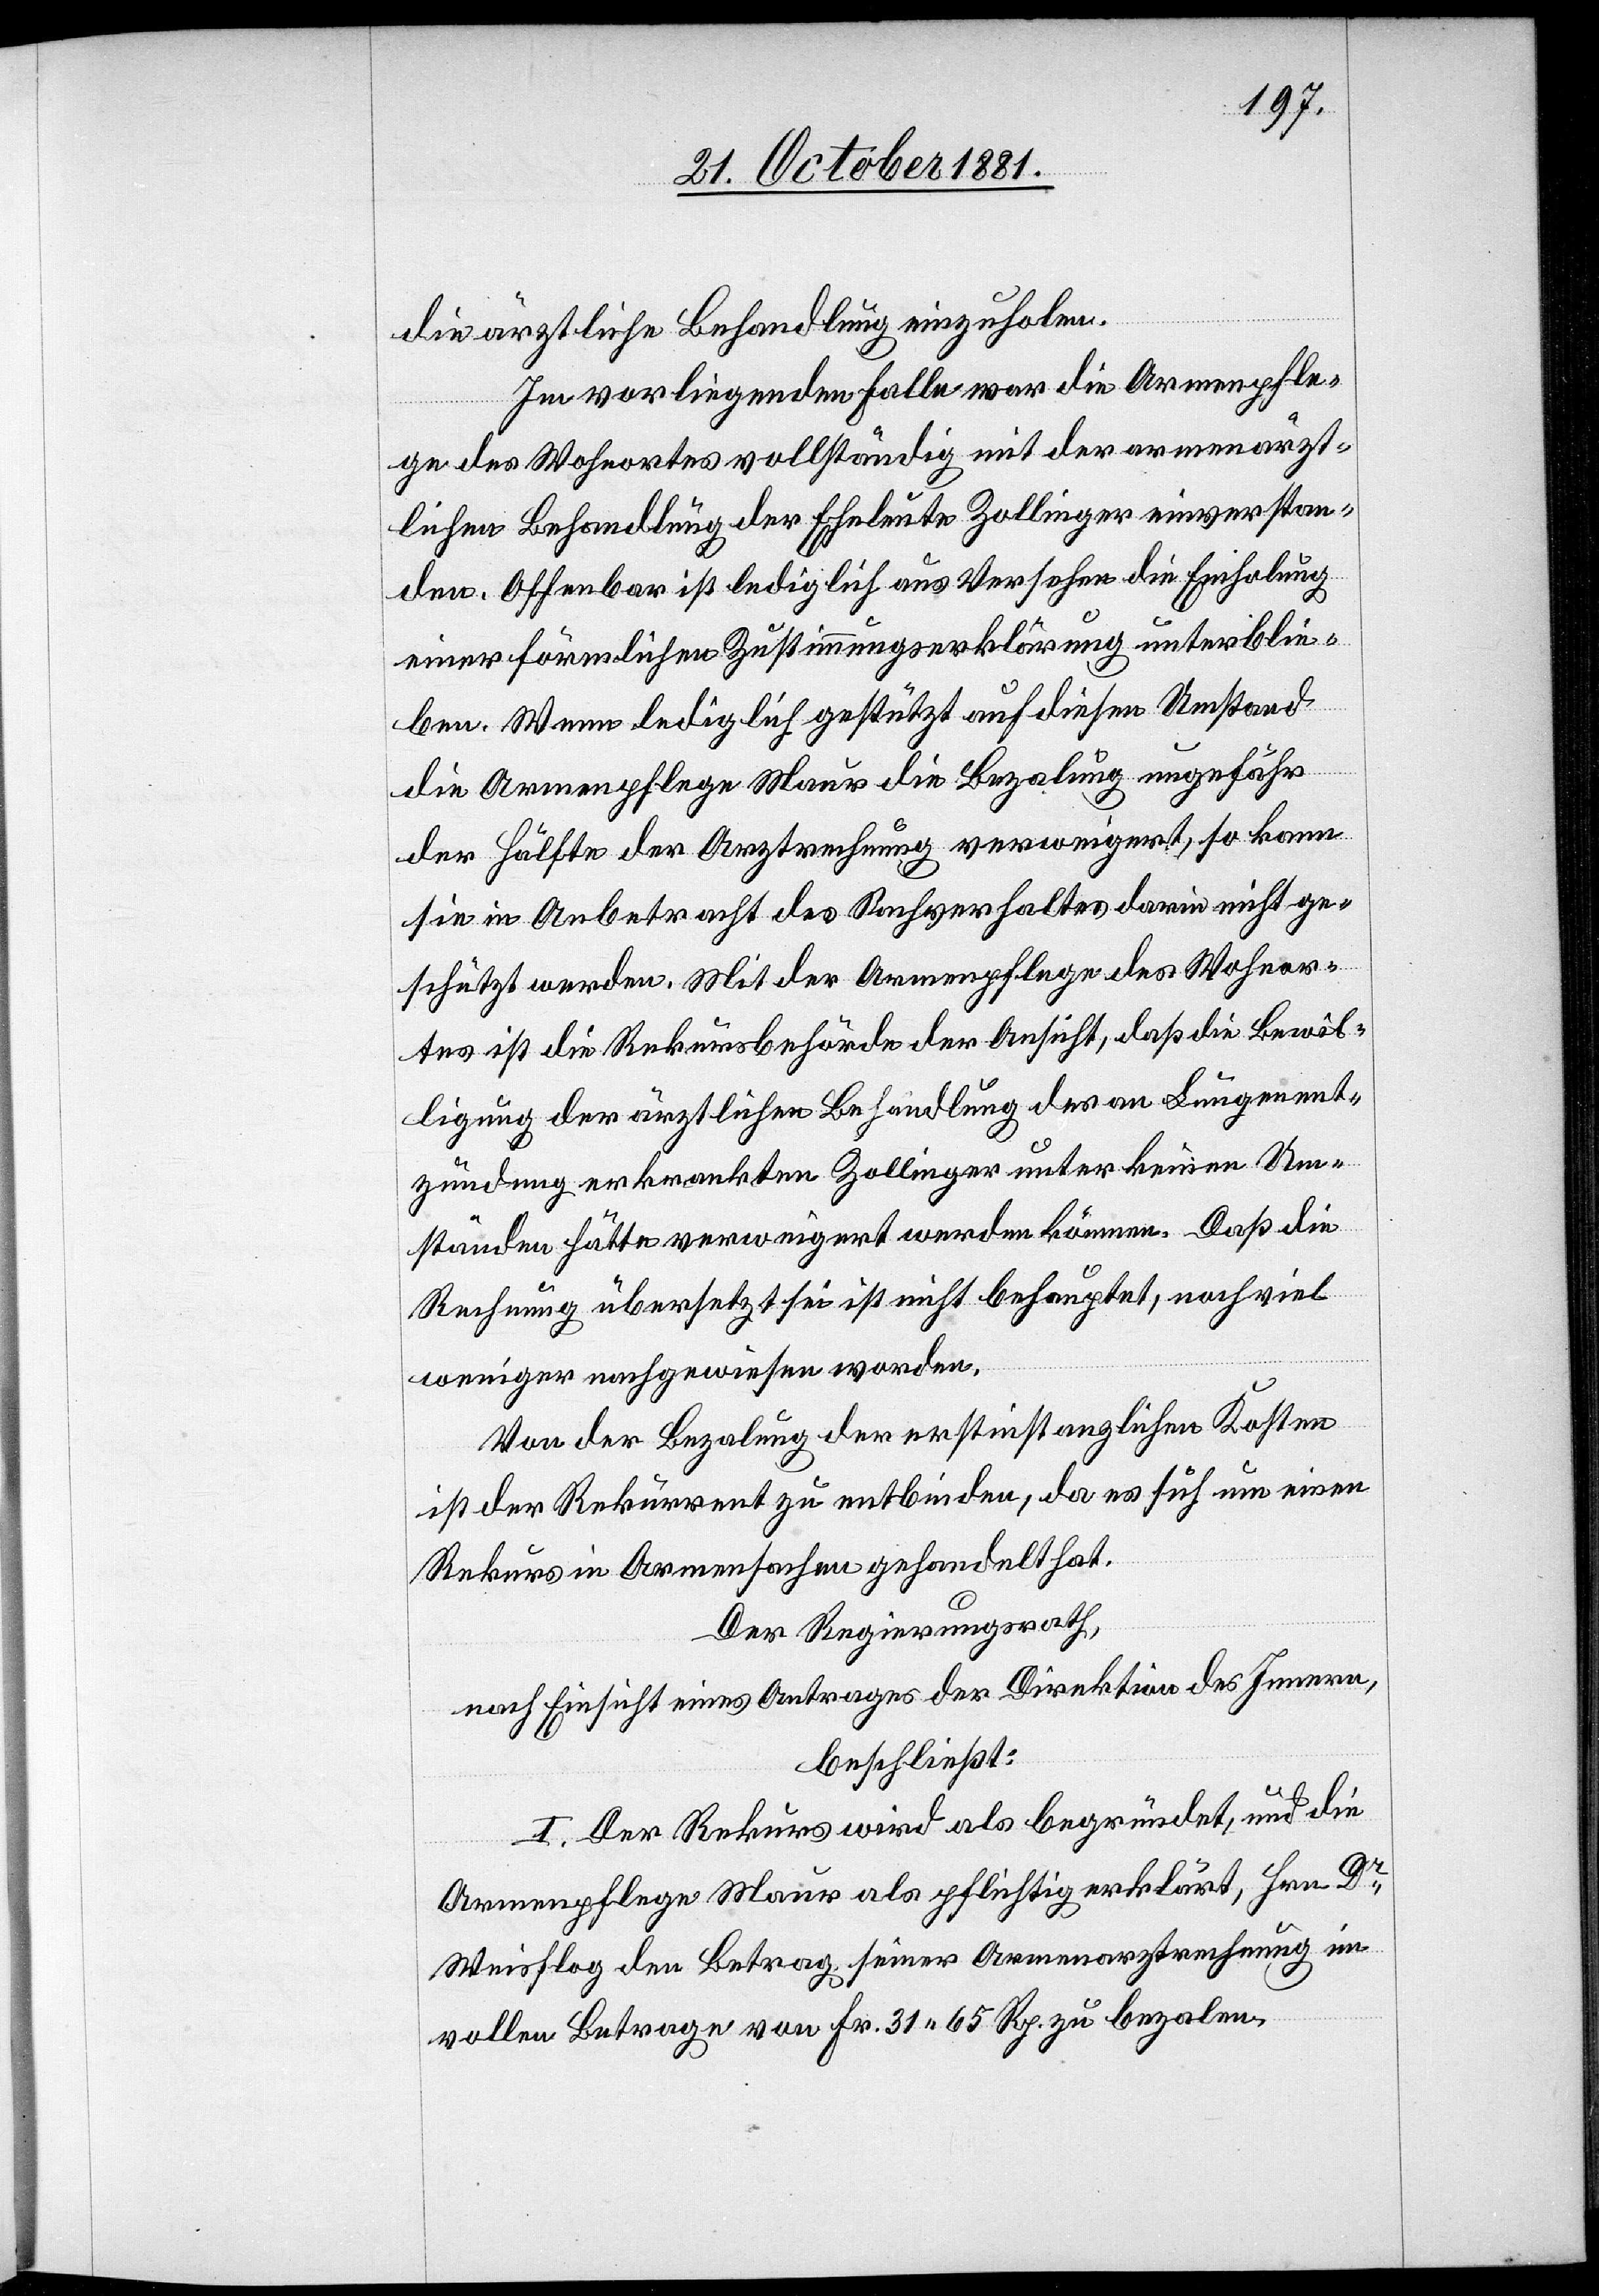
die ärztliche Behandlung einzuholen.
Im vorliegenden Falle war die Armenpfle¬
ge des Wohnortes vollständig mit der armenärzt¬
lichen Behandlung der Eheleute Zollinger einverstan¬
den. Offenbar ist lediglich aus Versehen die Einholung
einer förmlichen Zustimmungserklärung unterblie¬
ben. Wenn lediglich gestützt auf diesen Umstand
die Armenpflege Maur die Bezalung ungefähr
der Hälfte der Arztrechnung verweigert, so kann
sie in Anbetracht des Sachverhaltes darin nicht ge¬
schützt werden. Mit der Armenpflege des Wohnor¬
tes ist die Rekursbehörde der Ansicht, daß die Bewil¬
ligung der ärztlichen Behandlung des an Lungenent¬
zündung erkrankten Zollinger unter keinen Um¬
ständen hätte verweigert werden können. Daß die
Rechnung übersetzt sei ist nicht behauptet, noch viel
weniger nachgewiesen worden.
Von der Bezalung der erstinstanzlichen Kosten
ist der Rekurrent zu entbinden, da es sich um einen
Rekurs in Armensachen gehandelt hat.
Der Regierungsrath,
nach Einsicht eines Antrages der Direktion des Innern,
beschließt:
I. Der Rekurs wird als unbegründet, und die
Armenpflege Maur als pflichtig erklärt, Hrn. Dr
Weisflog den Betrag seiner Armenarztrechnung in
vollem Betrage von Fr. 31 65 Rp. zu bezalen.